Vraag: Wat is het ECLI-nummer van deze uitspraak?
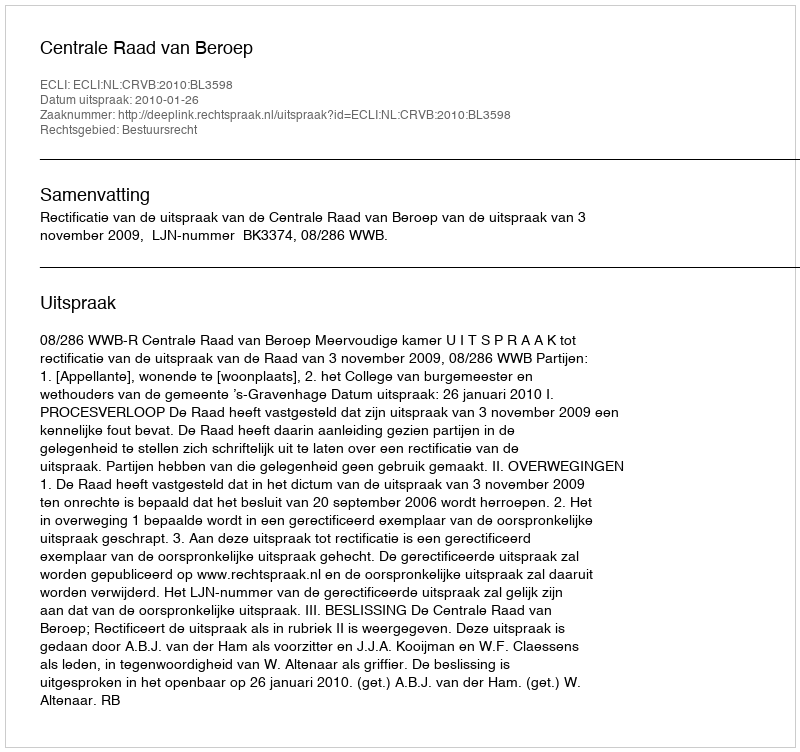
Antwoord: ECLI:NL:CRVB:2010:BL3598